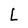
Character: L